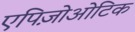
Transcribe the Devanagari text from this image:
एपिज़ोओटिक